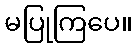
မပြုကြပေ။